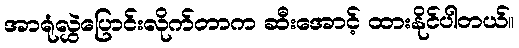
အာရုံလွှဲပြောင်းလိုက်တာက ဆီးအောင့် ထားနိုင်ပါတယ်။